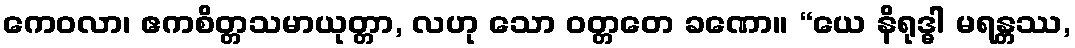
ကေဝလာ၊ ဧကစိတ္တသမာယုတ္တာ, လဟု သော ဝတ္တတေ ခဏော။ “ယေ နိရုဒ္ဓါ မရန္တဿ,